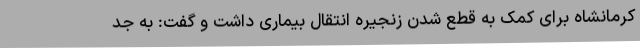
کرمانشاه برای کمک به قطع شدن زنجیره انتقال بیماری داشت و گفت: به جد